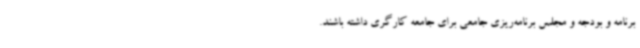
برنامه و بودجه و مجلس برنامه‌ریزی جامعی برای جامعه کارگری داشته باشند.